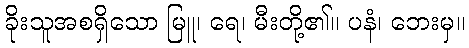
ခိုးသူအစရှိသော မြူ၊ ရေ၊ မီးတို့၏။ ပနံ၊ ဘေးမှ။